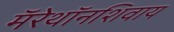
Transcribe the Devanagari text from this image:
मॅरेथॉनशिवाय